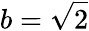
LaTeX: b=\sqrt{2}